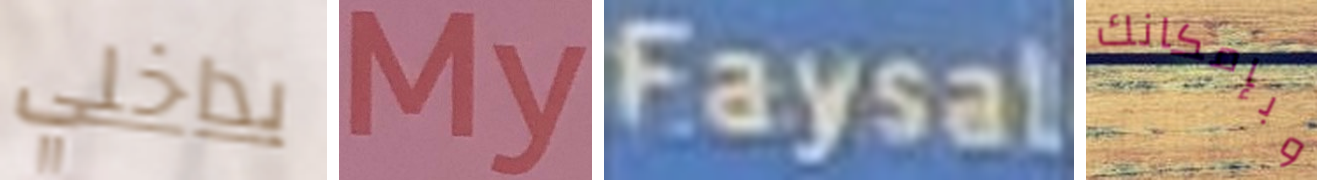
بداخلي My Faysal وبإمكانك